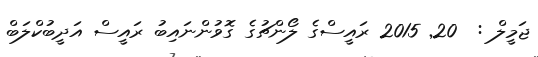
ޖަމީލް :  20